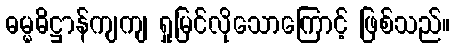
ဓမ္မဓိဋ္ဌာန်ကျကျ ရှုမြင်လိုသောကြောင့် ဖြစ်သည်။